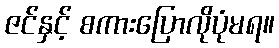
ဇင်နှင့် စကားပြောလိုပုံမရ။